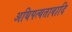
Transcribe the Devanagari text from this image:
अधिपत्यतावादि